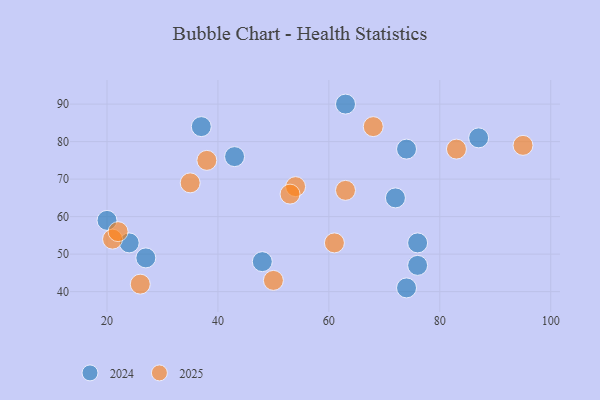
{"axis": {"x": "GDP", "y": "Life Expectancy"}, "legend": ["2024", "2025"], "data": [{"x": "54", "y": 68, "type": "2025"}, {"x": "83", "y": 78, "type": "2025"}, {"x": "61", "y": 53, "type": "2025"}, {"x": "26", "y": 42, "type": "2025"}, {"x": "21", "y": 54, "type": "2025"}, {"x": "95", "y": 79, "type": "2025"}, {"x": "35", "y": 69, "type": "2025"}, {"x": "22", "y": 56, "type": "2025"}, {"x": "68", "y": 84, "type": "2025"}, {"x": "50", "y": 43, "type": "2025"}, {"x": "63", "y": 67, "type": "2025"}, {"x": "38", "y": 75, "type": "2025"}, {"x": "53", "y": 66, "type": "2025"}, {"x": "63", "y": 90, "type": "2024"}, {"x": "74", "y": 78, "type": "2024"}, {"x": "20", "y": 59, "type": "2024"}, {"x": "27", "y": 49, "type": "2024"}, {"x": "74", "y": 41, "type": "2024"}, {"x": "24", "y": 53, "type": "2024"}, {"x": "48", "y": 48, "type": "2024"}, {"x": "87", "y": 81, "type": "2024"}, {"x": "37", "y": 84, "type": "2024"}, {"x": "43", "y": 76, "type": "2024"}, {"x": "76", "y": 53, "type": "2024"}, {"x": "76", "y": 47, "type": "2024"}, {"x": "72", "y": 65, "type": "2024"}]}